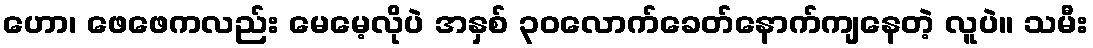
ဟော၊ ဖေဖေကလည်း မေမေ့လိုပဲ အနှစ် ၃၀လောက်ခေတ်နောက်ကျနေတဲ့ လူပဲ။ သမီး